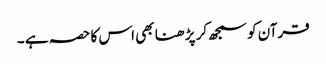
قرآن کو سمجھ کر پڑ ھنا بھی اس کا حصہ ہے ۔